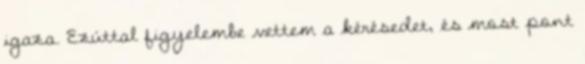
igaza. Ezúttal figyelembe vettem a kérésedet, és most pont